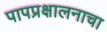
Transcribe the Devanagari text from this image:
पापप्रक्षालनाचा